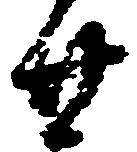
廿